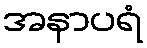
အနာပရံ